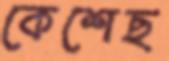
কেশেছ